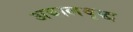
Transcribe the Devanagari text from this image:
अबालवृद्ध